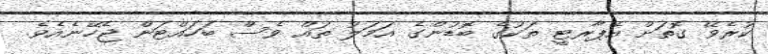
ކުރެވޭ ގޮތަށް އެޕާރޓީ ތަކުގެ ބޮޑުންގެ އަމަލު ތައް ވެސް ބަހައްޓަން ޖެހޭނެއެވެ.